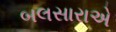
બલસારાએ